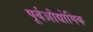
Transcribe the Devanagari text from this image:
पूर्वऔद्योगिक